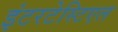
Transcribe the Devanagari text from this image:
इंटरटेस्टिएल